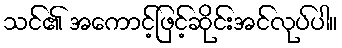
သင်၏ အကောင့်ဖြင့်ဆိုင်းအင်လုပ်ပါ။